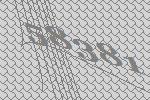
58381